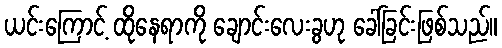
ယင်းကြောင့် ထိုနေရာကို ချောင်းလေးခွဟု ခေါ်ခြင်းဖြစ်သည်။